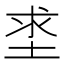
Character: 𡌊